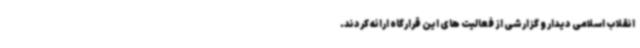
انقلاب اسلامی دیدار و گزارشی از فعالیت های این قرارگاه ارائه کردند.